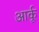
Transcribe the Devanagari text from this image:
आर्कू